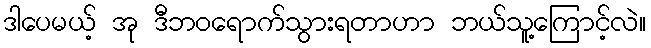
ဒါပေမယ့် အု ဒီဘဝရောက်သွားရတာဟာ ဘယ်သူ့ကြောင့်လဲ။